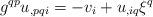
LaTeX: \begin{align*}g^{qp}u_{,pqi}=-v_{i}+u_{,iq}\xi^q\end{align*}